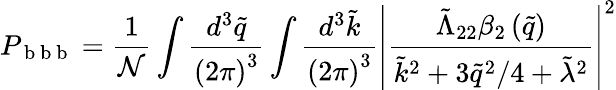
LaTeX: P_{\mathrm{~b~b~b~}}=\frac{1}{\mathcal{N}}\int\frac{d^{3}\tilde{q}}{\left(2\pi\right)^{3}}\int\frac{d^{3}\tilde{k}}{\left(2\pi\right)^{3}}\left|\frac{\tilde{\Lambda}_{22}\beta_{2}\left(\tilde{q}\right)}{\tilde{k}^{2}+3\tilde{q}^{2}/4+\tilde{\lambda}^{2}}\right|^{2}